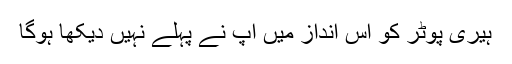
ہیری پوٹر کو اس انداز میں آپ نے پہلے نہیں دیکھا ہوگا